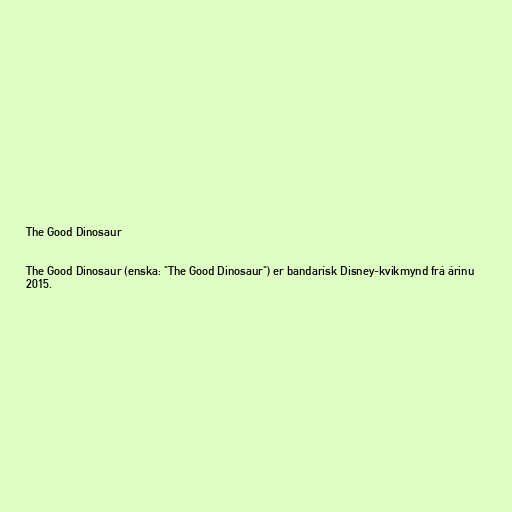
The Good Dinosaur

The Good Dinosaur (enska: "The Good Dinosaur") er bandarísk Disney-kvikmynd frá árinu
2015.